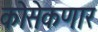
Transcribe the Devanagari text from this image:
कोसेकणार